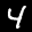
Label: 4